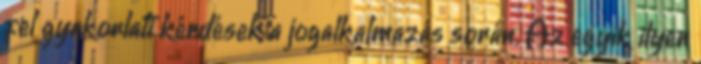
fel gyakorlati kérdések a jogalkalmazás során. Az egyik ilyen